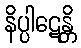
နိပ္ပါဋေန္တိ